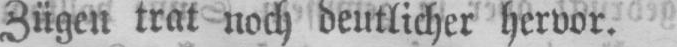
Zügen trat noch deutlicher hervor.